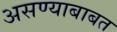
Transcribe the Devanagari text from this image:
असण्याबाबत